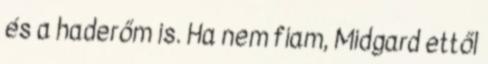
és a haderőm is. Ha nem fiam, Midgard ettől